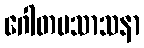
ဂေါတမသာသနာ